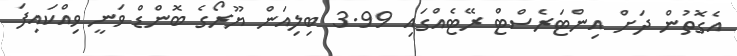
އެގޮތުން ދަށް އިންޓަރެސްޓް ރޭޓެއްގައި 3.99 ބިލިއަން ޔޫރޯގެ ބޮންޑް ވަނީ ވިއްކައިފަ